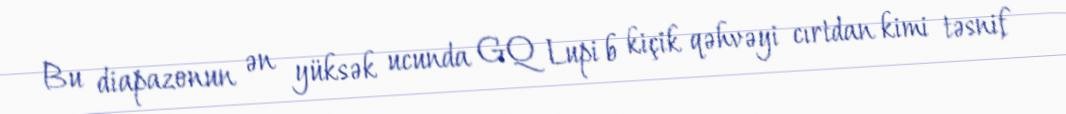
Bu diapazonun ən yüksək ucunda GQ Lupi b kiçik qəhvəyi cırtdan kimi təsnif